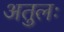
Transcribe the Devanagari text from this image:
अतुलः